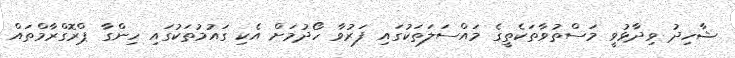
ޝާހިދު ވިދާޅުވީ މަސްތުވާތަކެތީގެ މައްސަލަތަކުގައި ފަރުވާ ހޯދުމަށް އެކި ގައުމުތަކުގައި ހިންގާ ޕްރޮގްރާމްތައް